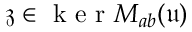
\mathfrak { z } \in \mathrm { ~ k ~ e ~ r ~ } M _ { a b } ( \mathfrak { u } )